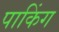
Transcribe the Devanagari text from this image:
पाकिंग